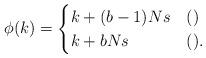
LaTeX: \begin{align*}\phi(k)=\begin{cases}k+(b-1)Ns&()\\k+bNs&().\end{cases}\end{align*}